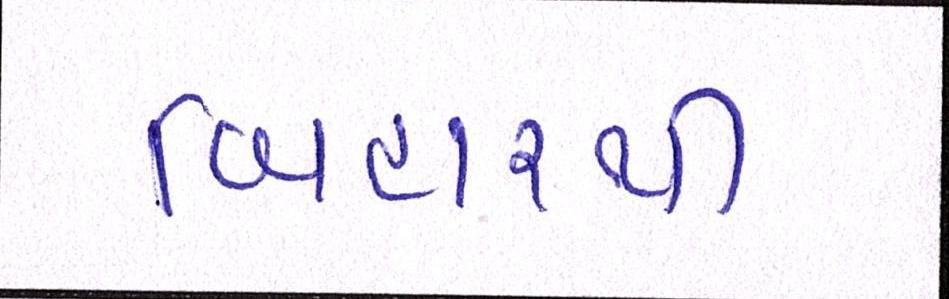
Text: બિહારથી